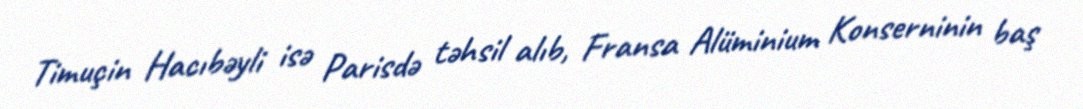
Timuçin Hacıbəyli isə Parisdə təhsil alıb, Fransa Alüminium Konserninin baş